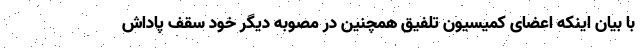
با بیان اینکه اعضای کمیسیون تلفیق همچنین در مصوبه دیگر خود سقف پاداش